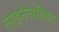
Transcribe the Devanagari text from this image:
लाइनेजोलिड